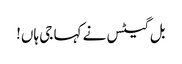
بل گیٹس نے کہا جی ہاں!